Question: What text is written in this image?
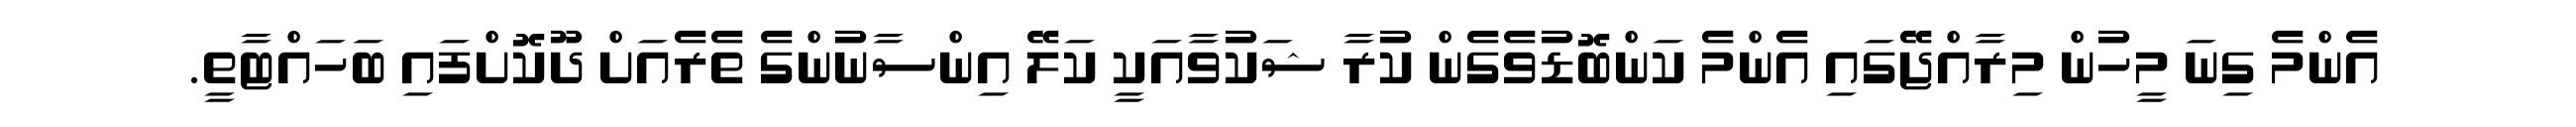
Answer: އެންމެ ގިނަ މީހުން މިރާއްޖޭގައި އެންމެ ކަންބޮޑުވެގެން ކުރާ ޝަކުވާއަކީ ކަލޭ އިންސާނުންގެ ތެރެއަށް ދޫކޮށްފައި ބަހައްޓާތީ.